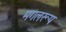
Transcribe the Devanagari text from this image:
मगलरूप